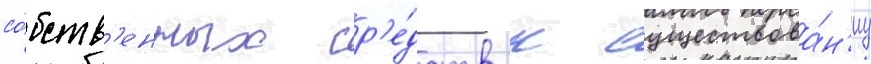
со́бств'енных ср'е́дств к существова́н'иу